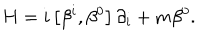
H = i \left[ \beta ^ { i } , \beta ^ { 0 } \right] \partial _ { i } + m \beta ^ { 0 } .